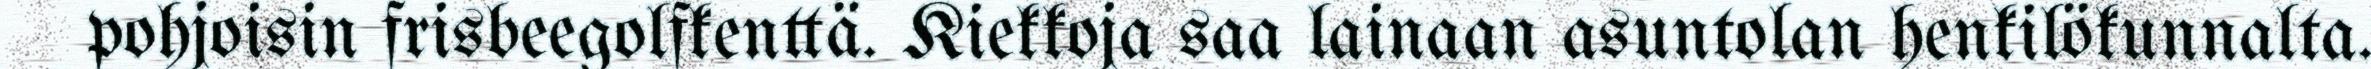
pohjoisin frisbeegolfkenttä. Kiekkoja saa lainaan asuntolan henkilökunnalta.